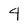
Character: 4